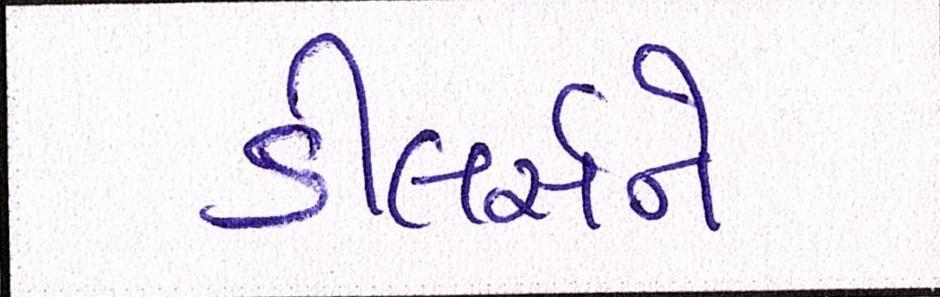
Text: ડીલર્સને